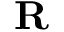
\mathbf { R }